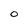
Character: 0